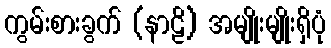
ကွမ်းစားခွက် (နာဠိ) အမျိုးမျိုးရှိပုံ